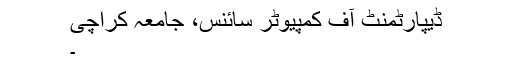
ڈیپارٹمنٹ آف کمپیوٹر سائنس، جامعہ کراچی
۔